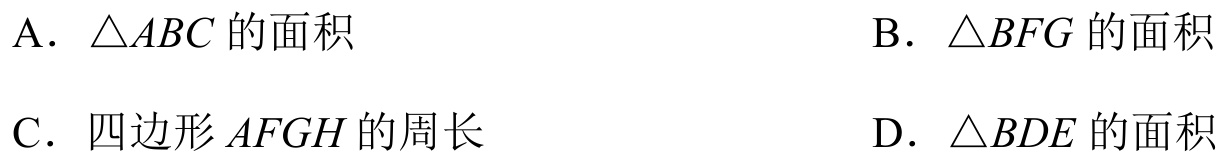
A. \(\triangle ABC\)的面积
B. \(\triangle BFG\)的面积
C. 四边形\(AFGH\)的周长
D. \(\triangle BDE\)的面积